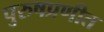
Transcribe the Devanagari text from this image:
पुरुषप्रणीत